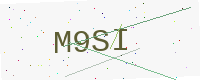
Text: M9SI